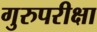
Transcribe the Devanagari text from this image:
गुरुपरीक्षा